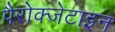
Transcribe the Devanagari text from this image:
पैरोक्जेटाइन